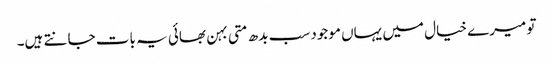
تو میرے خیال میں یہاں موجود سب بدھ متی بہن بھائی یہ بات جانتے ہیں۔